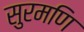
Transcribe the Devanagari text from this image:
सुरमणि